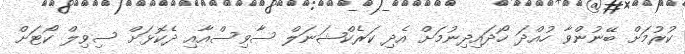
ކުރުމަށް ބޭނުންވާ ހުއްދަ ހޯދައިދިނުމަށް އެދި ކަރެކްޝަނަލް ސާވިސްއާއި ދެކޮޅަށް ސިވިލް ކޯޓަށް